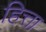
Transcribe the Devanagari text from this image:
हित्ता